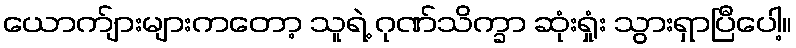
ယောက်ျားများကတော့ သူရဲ့ ဂုဏ်သိက္ခာ ဆုံးရှုံး သွားရှာပြီပေါ့။